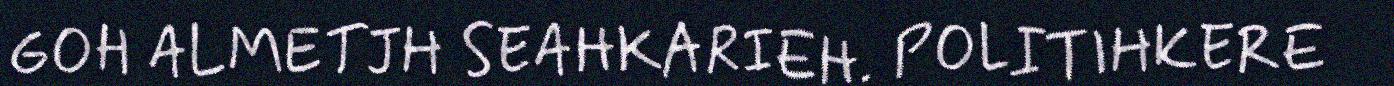
GOH ALMETJH SEAHKARIEH. POLITIHKERE